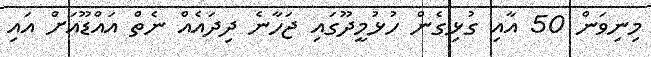
މިނިވަން 50 އާއި ގުޅިގެން ހުޅުމީދޫގައި ޖަހާނެ ދިދައެއް ނެތް އައްޑޫއަށް އައި